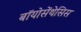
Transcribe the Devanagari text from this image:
बॉयोसेंथेसिस